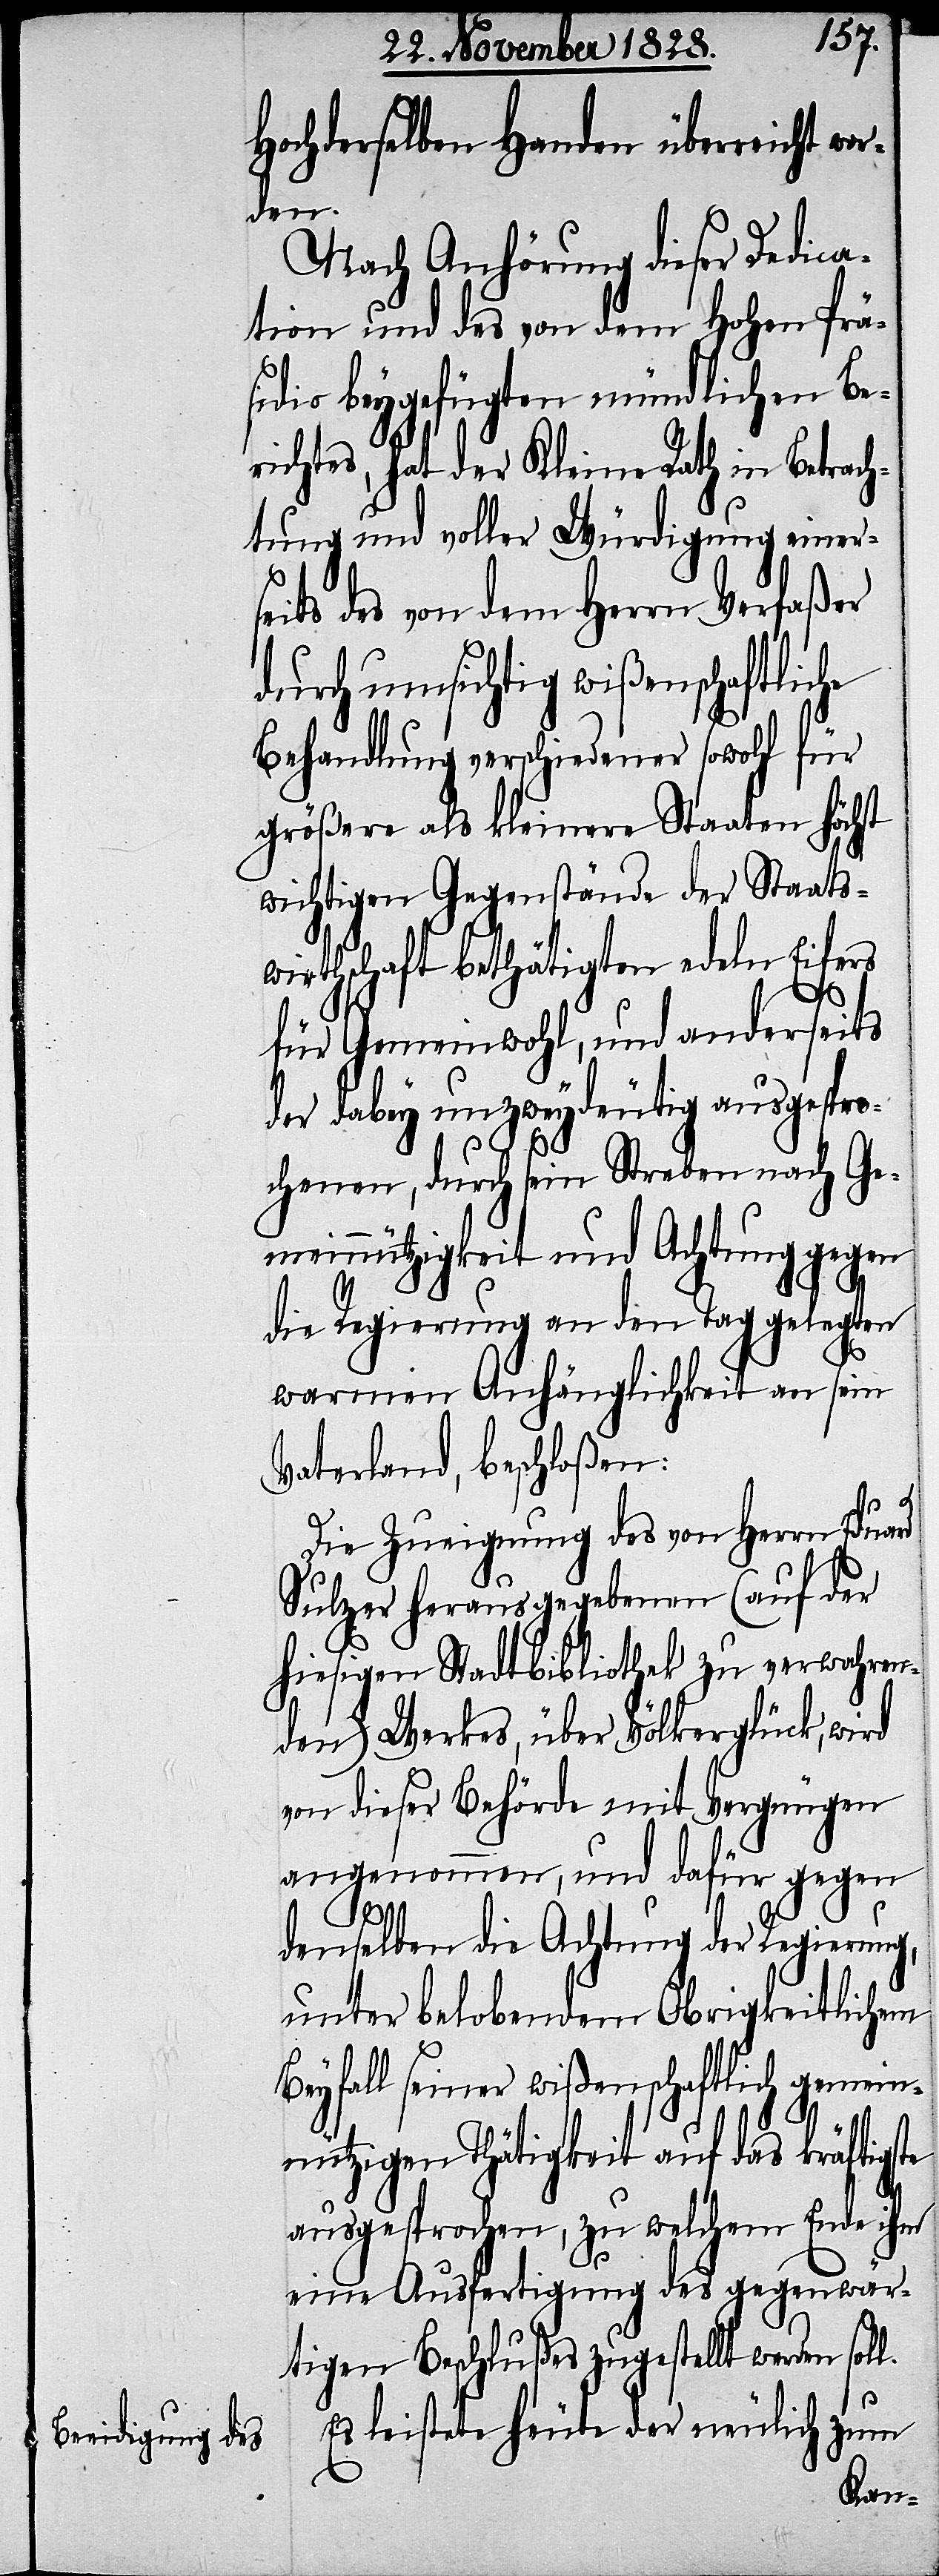
Hochderselben Handen überreicht wo¬
rden.
Nach Anhörung dieser Dedica¬
tion und des von dem Hohen Prä¬
sidio beygefügten mündlichen Be¬
richtes, hat der Kleine Rath in Betrach¬
tung und voller Würdigung einers¬
eits des von dem Herrn Verfaßer
durch umsichtige wißenschaftlic¬
Behandlung verschiedener sowohl für
größere als kleinere Staaten höchst
wichtigen Gegenstände der Staats¬
wirthschaft bethätigten edeln Eifers
te
für Gemeinwohl, und anderseits
der dabey unzweydeutig ausgespro¬
chenen, durch sein Streben nach Ge¬
meinnützigkeit und Achtung gegen
die Regierung an den Tag gelegten
warmen Anhänglichkeit an sein
Vaterland, beschloßen:
Die Zuneigung des von Herrn Edua¬
Sulzer herausgegebenen (auf der
hiesigen Stadtbibliothek zu verwahren¬
den) Werkes, über Völkerglück, wird
von dieser Behörde mit Vergnügen
angenommen, und dafür gegen
denselben die Achtung der Regierung,
unter belobendem Obrigkeitlichem
Beyfall seiner wißenschaftlich gemein¬
nützigen Thätigkeit auf das kräftigs¬
ausgesprochen, zu welchem Ende ihm
eine Ausfertigung des gegenwär¬
tigen Beschlußes zugestellt werden sol¬
Es leistete heute der neulich zum
l.